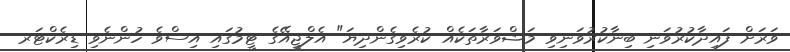
ވަރަށް ފައިދާކުރުވަނި ބިނާކުރުވަނިވި މަޝްވަރާތަކެއް ކުރެވިގެންދިޔަ" އެލްޖީއޭގެ ޓީމުގައި އިސްވެ ހުންނެވި ޑިރެކްޓަރ